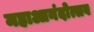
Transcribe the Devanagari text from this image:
महाआनंदोत्सव